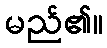
မည်၏။